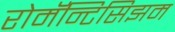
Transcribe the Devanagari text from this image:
रोमॅन्टिसिझम